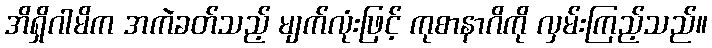
အိရှိဂါမိက အကဲခတ်သည့် မျက်လုံးဖြင့် ကုစာနာဂိကို လှမ်းကြည့်သည်။